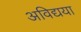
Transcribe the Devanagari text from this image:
अविद्यया